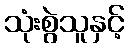
သုံးစွဲသူနှင့်